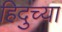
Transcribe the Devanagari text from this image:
हिदुच्या